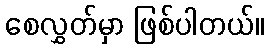
စေလွှတ်မှာ ဖြစ်ပါတယ်။